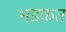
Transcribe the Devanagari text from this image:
भडकत